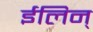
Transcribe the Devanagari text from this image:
ईलिन्